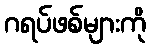
ဂရပ်ဖစ်များကို